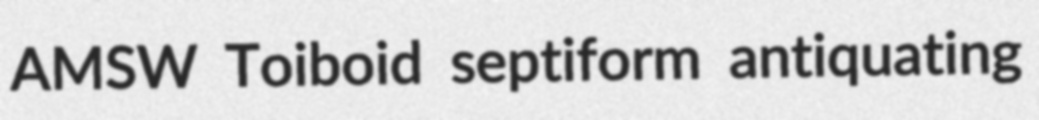
AMSW Toiboid septiform antiquating